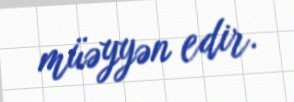
müəyyən edir.